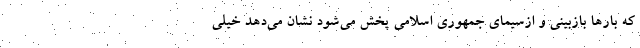
که بارها بازبینی و ازسیمای جمهوری اسلامی پخش می‌شود نشان می‌دهد خیلی